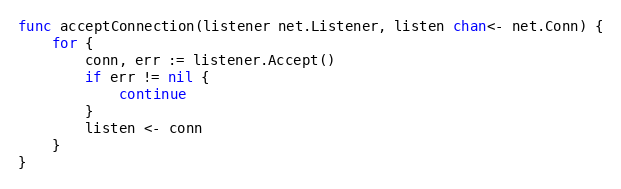
Language: Go
func acceptConnection(listener net.Listener, listen chan<- net.Conn) {
	for {
		conn, err := listener.Accept()
		if err != nil {
			continue
		}
		listen <- conn
	}
}